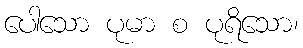
ပေါသော ပုမာ စ ပုရိသော၊